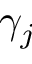
\gamma _ { j }